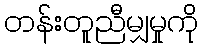
တန်းတူညီမျှမှုကို